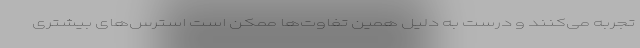
تجربه می‌کنند و درست به دلیل همین تفاوت‌ها ممکن است استرس‌های بیشتری